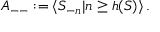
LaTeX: { \cal A } _ { -- } : = \langle S _ { - n } | n \geq h ( S ) \rangle \, .